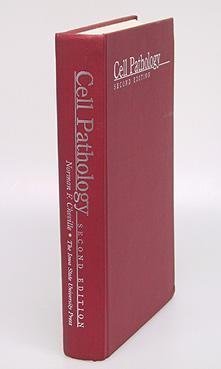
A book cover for Cell Pathology; Norman F. Cheville; Medical Books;